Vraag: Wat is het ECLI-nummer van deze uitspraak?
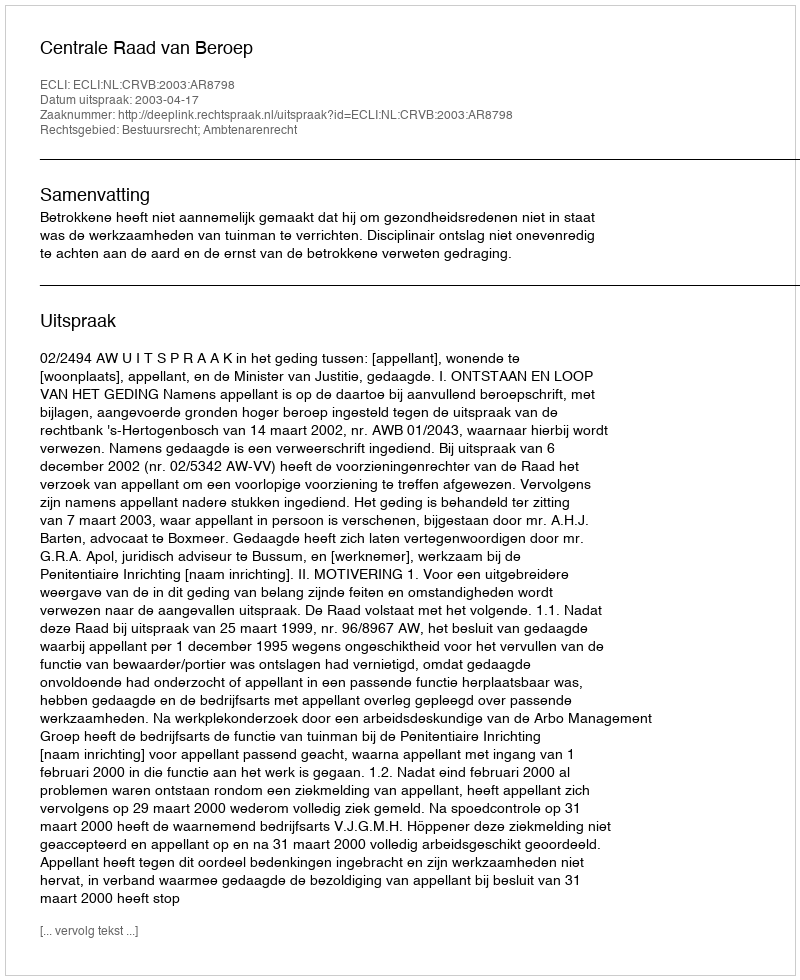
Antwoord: ECLI:NL:CRVB:2003:AR8798